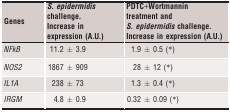
| Genes | S. epidermidis challenge. Increase in expression (A.U.) | PDTC+Wortmannin treatment and S. epidermidis challenge. Increase in expression (A.U.) |
 | --- | --- | --- |
 | NFkB | 11.2 ± 3.9 | 1.9 ± 0.5 (*) |
 | NOS2 | 1867 ± 909 | 28 ± 12 (*) |
 | IL1A | 238 ± 73 | 1.3 ± 0.4 (*) |
 | IRGM | 4.8 ± 0.9 | 0.32 ± 0.09 (*) |